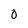
Character: 0